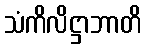
သံကိလိဋ္ဌာဘာတိ